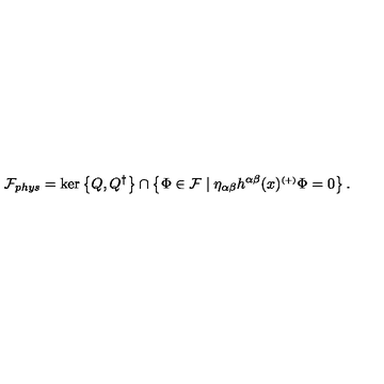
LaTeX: { \mathcal { F } } _ { p h y s } = \ker \left\{ Q , Q ^ { \dagger } \right\} \cap \left\{ \Phi \in { \mathcal { F } } \mid \eta _ { \alpha \beta } h ^ { \alpha \beta } ( x ) ^ { \scriptscriptstyle ( + ) } \Phi = 0 \right\} .